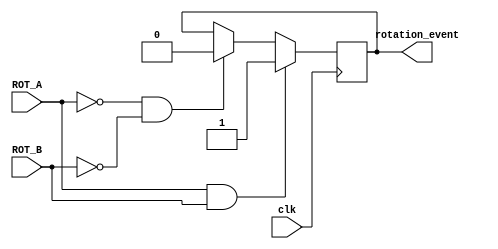
`timescale 1ns / 1ps
//////////////////////////////////////////////////////////////////////////////////
// Company: 
// Engineer: 
// 
// Design Name: 
// Module Name:    rotary_shaft 
// Project Name: 
// Target Devices: 
// Tool versions: 
// Description: 
//
// Dependencies: 
//
// Revision: 
// Revision 0.01 - File Created
// Additional Comments: 
//
//////////////////////////////////////////////////////////////////////////////////
module rotary_shaft(clk,ROT_A,ROT_B,rotation_event);
    //Inputs
    input clk;
    input ROT_A;
    input ROT_B;

    //Outputs
    output rotation_event;
    reg rotation_event;

    always@(posedge clk) begin
    if(ROT_A == 1 && ROT_B == 1) begin
        rotation_event <= 1;
    end
    else if(ROT_A == 0 & ROT_B == 0) begin
        rotation_event <= 0;
    end
    end

endmodule